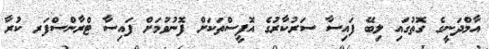
އާމްދަނީގެ ގޮތުގައި ލިބޭ ފައިސާ ސަރުކާރުގެ އޮފީސްތަކަށް ފޮނުވުމަށް ފައިސާ ޓްރާންސްފަރ ކުރާ